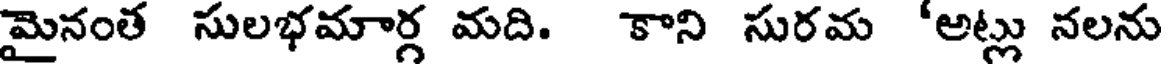
మైనంత సులభమార్గ మది. కాని సురమ 'అట్లు నలను